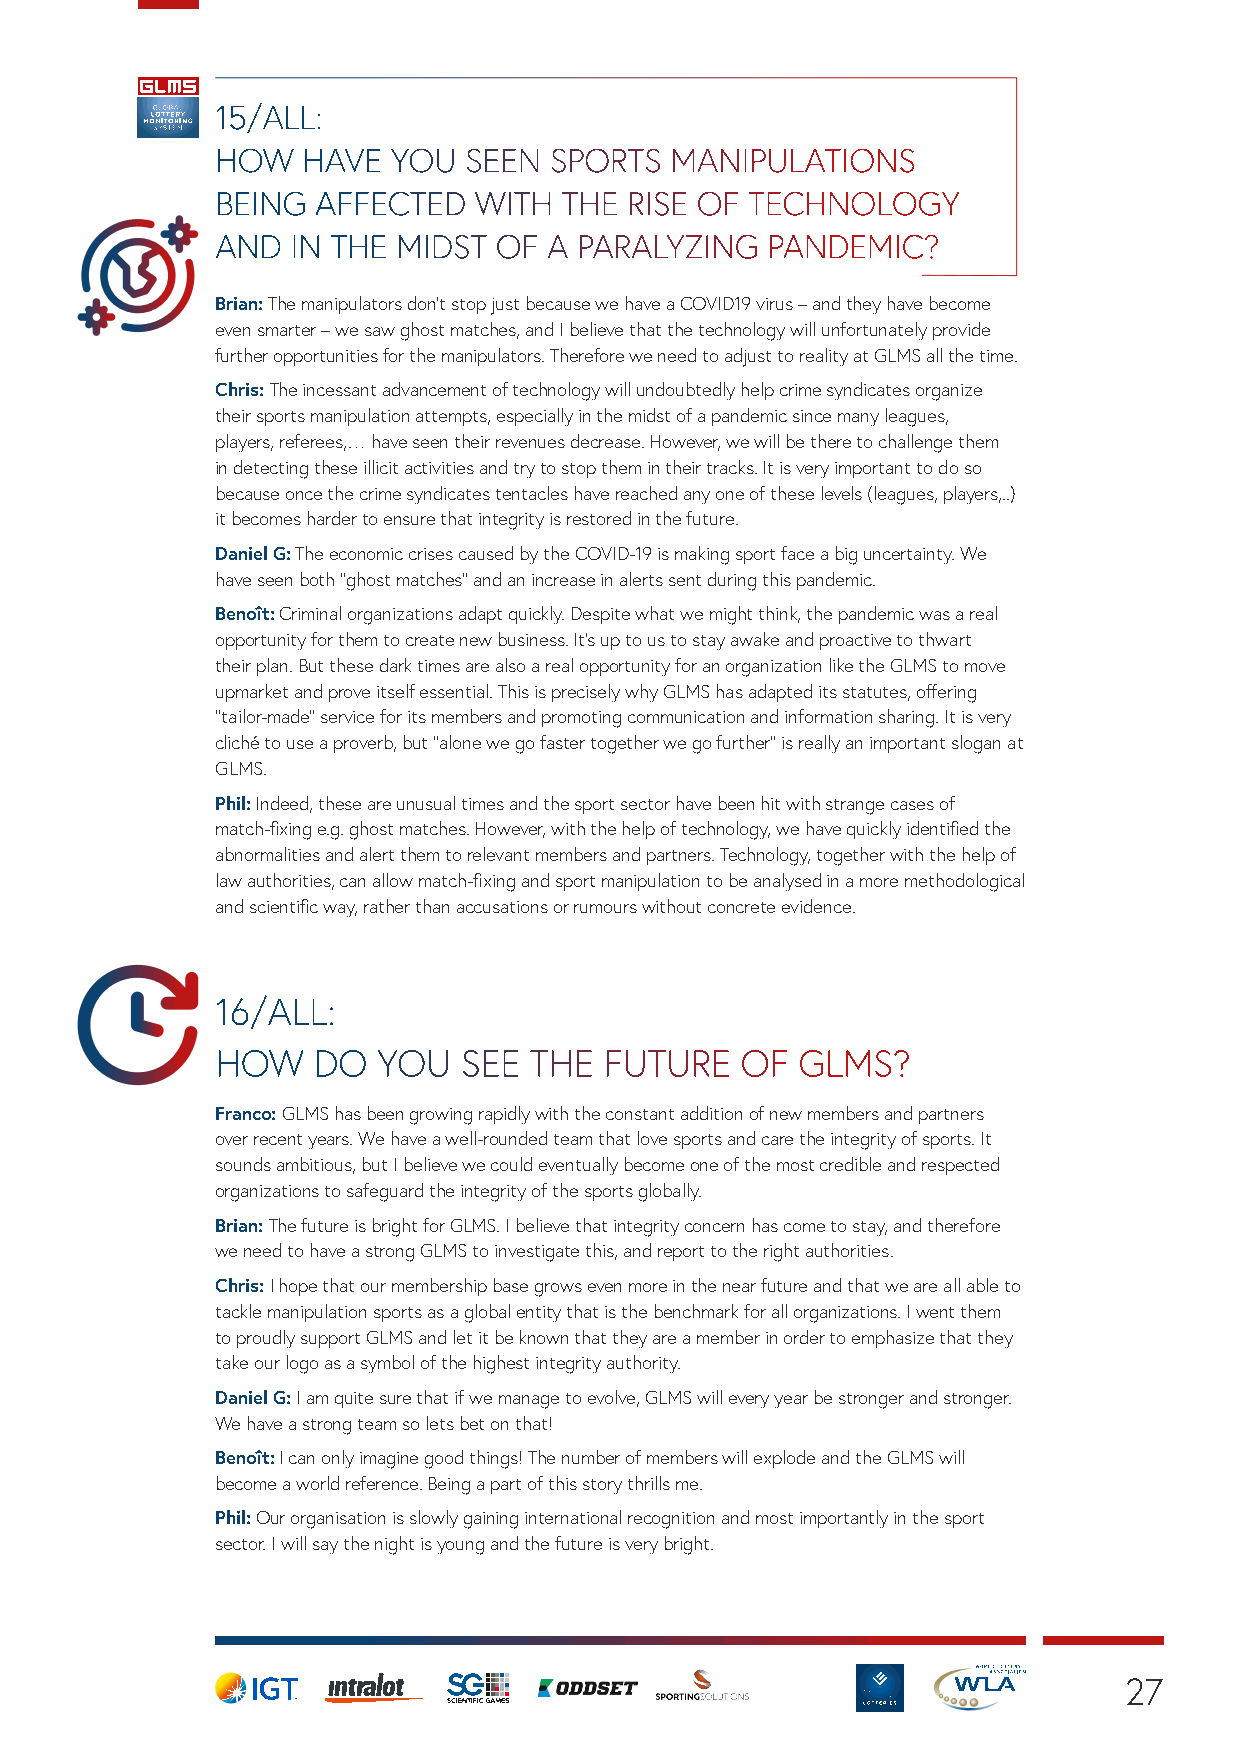
15/ALL:
 HOW   HAVE  YOU  SEEN SPORTS  MANIPULATIONS
 BEING  AFFECTED  WITH  THE RISE OF TECHNOLOGY
 AND  IN THE MIDST  OF A PARALYZING   PANDEMIC?
 Brian: The manipulators don’t stop just because we have a COVID19 virus – and they have become
 even smarter – we saw ghost matches, and I believe that the technology will unfortunately provide
 further opportunities for the manipulators. Therefore we need to adjust to reality at GLMS all the time.
 Chris: The incessant advancement of technology will undoubtedly help crime syndicates organize
 their sports manipulation attempts, especially in the midst of a pandemic since many leagues,
 players, referees,… have seen their revenues decrease. However, we will be there to challenge them
 in detecting these illicit activities and try to stop them in their tracks. It is very important to do so
 because once the crime syndicates tentacles have reached any one of these levels (leagues, players,..)
 it becomes harder to ensure that integrity is restored in the future.
 Daniel G: The economic crises caused by the COVID-19 is making sport face a big uncertainty. We
 have seen both “ghost matches” and an increase in alerts sent during this pandemic.
 Benoît: Criminal organizations adapt quickly. Despite what we might think, the pandemic was a real
 opportunity for them to create new business. It's up to us to stay awake and proactive to thwart
 their plan. But these dark times are also a real opportunity for an organization like the GLMS to move
 upmarket and prove itself essential. This is precisely why GLMS has adapted its statutes, offering
 “tailor-made” service for its members and promoting communication and information sharing. It is very
 cliché to use a proverb, but "alone we go faster together we go further" is really an important slogan at
 GLMS.
 Phil: Indeed, these are unusual times and the sport sector have been hit with strange cases of
 match-fixing e.g. ghost matches. However, with the help of technology, we have quickly identified the
 abnormalities and alert them to relevant members and partners. Technology, together with the help of
 law authorities, can allow match-fixing and sport manipulation to be analysed in a more methodological
 and scientific way, rather than accusations or rumours without concrete evidence.
 16/ALL:
 HOW    DO  YOU  SEE  THE  FUTURE   OF  GLMS?
 Franco: GLMS has been growing rapidly with the constant addition of new members and partners
 over recent years. We have a well-rounded team that love sports and care the integrity of sports. It
 sounds ambitious, but I believe we could eventually become one of the most credible and respected
 organizations to safeguard the integrity of the sports globally.
 Brian: The future is bright for GLMS. I believe that integrity concern has come to stay, and therefore
 we need to have a strong GLMS to investigate this, and report to the right authorities.
 Chris: I hope that our membership base grows even more in the near future and that we are all able to
 tackle manipulation sports as a global entity that is the benchmark for all organizations. I went them
 to proudly support GLMS and let it be known that they are a member in order to emphasize that they
 take our logo as a symbol of the highest integrity authority.
 Daniel G: I am quite sure that if we manage to evolve, GLMS will every year be stronger and stronger.
 We have a strong team so lets bet on that!
 Benoît: I can only imagine good things! The number of members will explode and the GLMS will
 become a world reference. Being a part of this story thrills me.
 Phil: Our organisation is slowly gaining international recognition and most importantly in the sport
 sector. I will say the night is young and the future is very bright.
 27